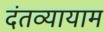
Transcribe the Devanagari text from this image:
दंतव्यायाम